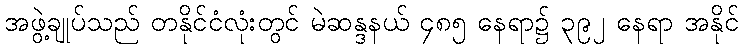
အဖွဲ့ချုပ်သည် တနိုင်ငံလုံးတွင် မဲဆန္ဒနယ် ၄၈၅ နေရာ၌ ၃၉၂ နေရာ အနိုင်